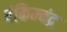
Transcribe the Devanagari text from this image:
बंकिम्चंद्र